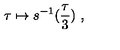
\tau \mapsto s ^ { - 1 } ( \frac { \tau } { 3 } ) \ ,